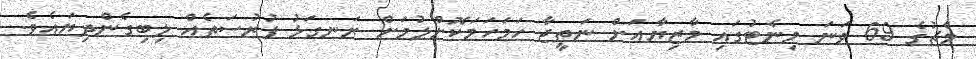
މެޗުގެ 69 ވަނަ މިނެޓުގައި މާޒިޔާއަށް ނަތީޖާ ހަމަހަމަކޮށްލުމަށް ރަނގަޅު ފުރުސަތެއް ލިބިގެންދިޔައެވެ.